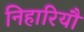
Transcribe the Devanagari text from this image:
निहारियौ